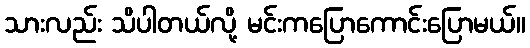
သားလည်း သိပါတယ်လို့ မင်းကပြောကောင်းပြောမယ်။